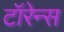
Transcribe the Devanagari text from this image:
टॉरेन्स